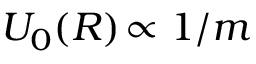
U _ { 0 } ( R ) \! \propto 1 / m